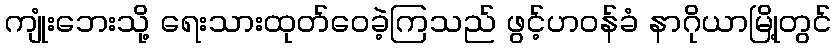
ကျုံးဘေးသို့ ရေးသားထုတ်ဝေခဲ့ကြသည် ဖွင့်ဟဝန်ခံ နာဂိုယာမြို့တွင်